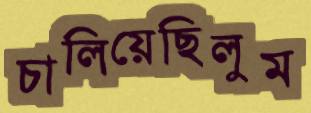
চালিয়েছিলুম